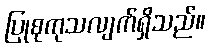
ပြုစုကုသလျက်ရှိသည်။